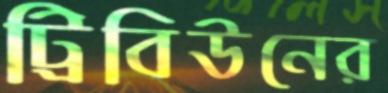
ট্রিবিউনের